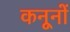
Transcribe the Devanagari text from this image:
कनूनों